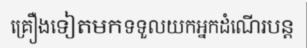
គ្រឿងទៀតមកទទួលយកអ្នកដំណើរបន្ត